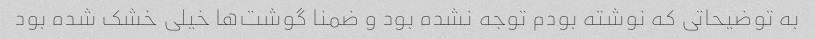
به توضیحاتی که نوشته بودم توجه نشده بود و ضمنا گوشت‌ها خیلی خشک شده بود